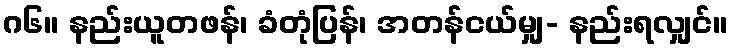
ဂ၆။ နည်းယူတဖန်၊ ခံတုံပြန်၊ အတန်ငယ်မျှ- နည်းရလျှင်။